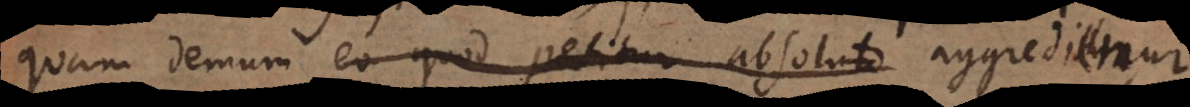
quam demum eo quod petitur absoluto aggredimur,